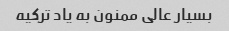
بسیار عالی ممنون به یاد ترکیه